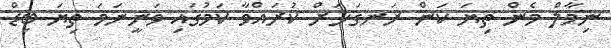
ނިމާލް މެން ތިޔަ ކަން ރަނގަޅަށް ކުރައްވާ ކަމުގައި ވަނީނަމަ ތިޔަ ބިޑް